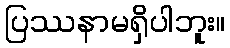
ပြဿနာမရှိပါဘူး။